Indian journal of veterinary science and animal husbandry - Volume 9,
Year: 1939
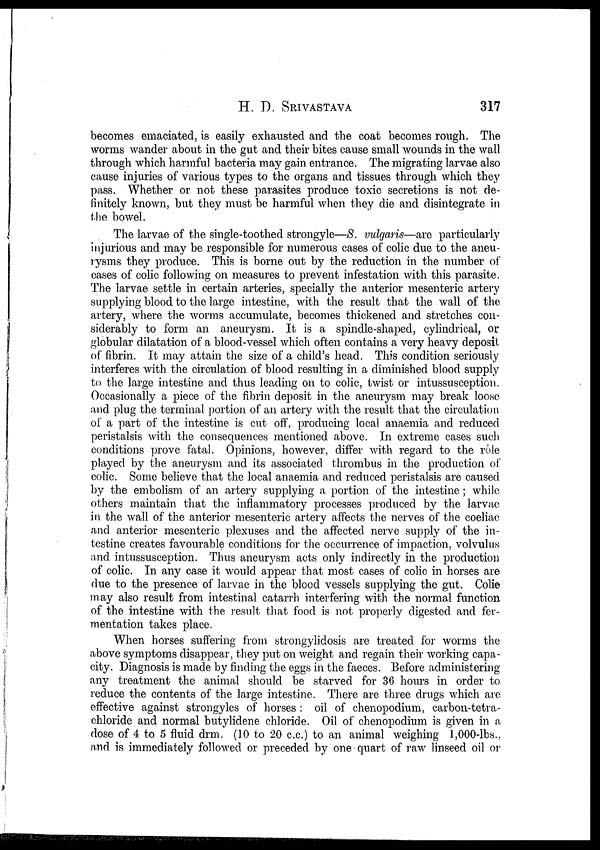
H. D.
SRIVASTAVA
317
becomes emaciated, is easily exhausted and the coat becomes rough. The
worms wander about in the gut and their bites cause small wounds in the wall
through which harmful bacteria may gain entrance. The migrating larvae also
cause injuries of various types to the organs and tissues through which they
pass. Whether or not these parasites produce toxic secretions is not de-
finitely known, but they must be harmful when they die and disintegrate in
the bowel.
The larvae of the single-toothed strongyle—S. vulgaris—are particularly
injurious and may be responsible for numerous cases of colic due to the aneu-
rysms they produce. This is borne out by the reduction in the number of
cases of colic following on measures to prevent infestation with this parasite.
The larvae settle in certain arteries, specially the anterior mesenteric artery
supplying blood to the large intestine, with the result that the wall of the
artery, where the worms accumulate, becomes thickened and stretches con-
siderably to form an aneurysm. It is a spindle-shaped, cylindrical, or
globular dilatation of a blood-vessel which often contains a very heavy deposit
of fibrin. It may attain the size of a child's head. This condition seriously
interferes with the circulation of blood resulting in a diminished blood supply
to the large intestine and thus leading on to colic, twist or intussusception.
Occasionally a piece of the fibrin deposit in the aneurysm may break loose
and plug the terminal portion of an artery with the result that the circulation
of a part of the intestine is cut off, producing local anaemia and reduced
peristalsis with the consequences mentioned above. In extreme cases such
conditions prove fatal. Opinions, however, differ with regard to the role
played by the aneurysm and its associated thrombus in the production of
colic. Some believe that the local anaemia and reduced peristalsis are caused
by the embolism of an artery supplying a portion of the intestine; while
others maintain that the inflammatory processes produced by the larvae
in the wall of the anterior mesenteric artery affects the nerves of the coeliac
and anterior mesenteric plexuses and the affected nerve supply of the in-
testine creates favourable conditions for the occurrence of impaction, volvulus
and intussusception. Thus aneurysm acts only indirectly in the production
of colic. In any case it would appear that most cases of colic in horses are
due to the presence of larvae in the blood vessels supplying the gut. Colie
may also result from intestinal catarrh interfering with the normal function
of the intestine with the result that food is not properly digested and fer-
mentation takes place.
When horses suffering from strongylidosis are treated for worms the
above symptoms disappear, they put on weight and regain their working capa-
city. Diagnosis is made by finding the eggs in the faeces. Before administering
any treatment the animal should be starved for 36 hours in order to
reduce the contents of the large intestine. There are three drugs which are
effective against strongyles of horses : oil of chenopodium, carbon-tetra¬
chloride and normal butylidene chloride. Oil of chenopodium is given in a
dose of 4 to 5 fluid drm. (10 to 20 c.c.) to an animal weighing 1,000-lbs.,
and is immediately followed or preceded by one quart of raw linseed oil or